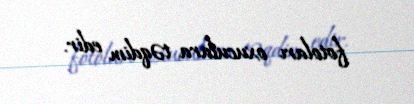
fotoları oxuculara təqdim edir.